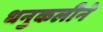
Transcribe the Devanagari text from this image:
धनुकलीने